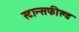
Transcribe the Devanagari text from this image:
स्टान्सफील्ड